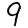
Digit: 9